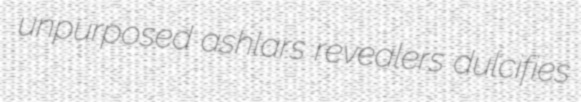
unpurposed ashlars revealers dulcifies